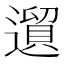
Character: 𲅸